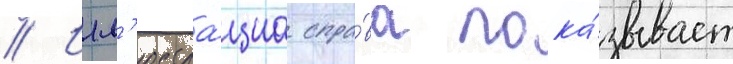
// Илл'юстра́циа спра́ва пока́зывает